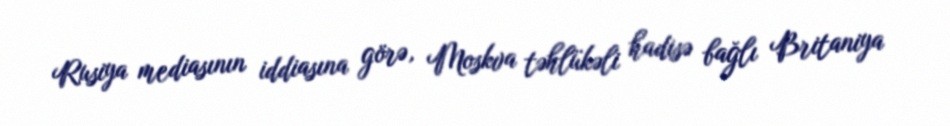
Rusiya mediasının iddiasına görə, Moskva təhlükəli hadisə bağlı Britaniya